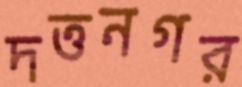
দত্তনগর